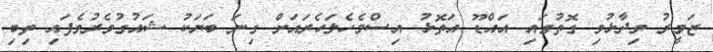
ޒަމީރު ވިދާޅުވި ގޮތުގައި އައްޑޫ އަތޮޅު އިސްމެހެލަހެރައަށް ގިނަ ބަޔަކު ޝައުގުވެރުވެފައި ތިބި